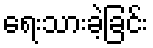
ရေးသားခဲ့ခြင်း